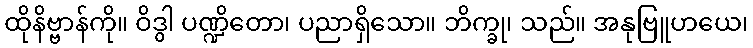
ထိုနိဗ္ဗာန်ကို။ ဝိဒွါ ပဏ္ဍိတော၊ ပညာရှိသော။ ဘိက္ခု၊ သည်။ အနုဗြူဟယေ၊